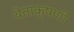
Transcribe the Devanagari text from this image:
येताक्षणी